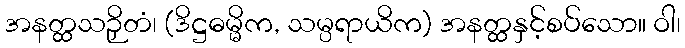
အနတ္ထသဉှိတံ၊ (ဒိဋ္ဌဓမ္မိက, သမ္ပရာယိက) အနတ္ထနှင့်စပ်သော။ ဝါ၊